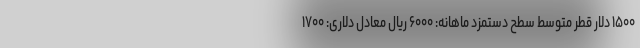
۱۵۰۰ دلار قطر متوسط سطح دستمزد ماهانه: ۶۰۰۰ ریال معادل دلاری: ۱۷۰۰